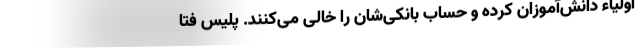
اولیاء دانش‌آموزان کرده و حساب بانکی‌شان را خالی می‌کنند. پلیس فتا